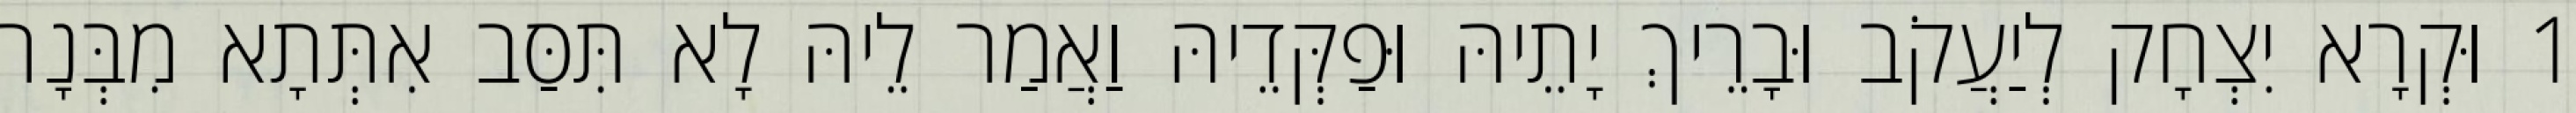
1 וּקְרָא יִצְחָק לְיַעֲקֹב וּבָרֵיךְ יָתֵיהּ וּפַקְּדֵיהּ וַאֲמַר לֵיהּ לָא תִּסַּב אִתְּתָא מִבְּנָת